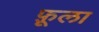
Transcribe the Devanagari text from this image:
फ़ूला